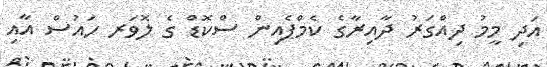
އަދި މީމު ދިއްގަރު ދާއިރާގެ ކެމްޕެއިން ސްކޮޑް ގެ ލޮވަރ ހައުސް އާއި